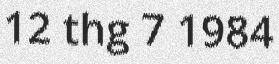
12 thg 7 1984